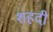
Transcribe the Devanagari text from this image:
शहदी